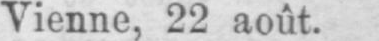
Vienne, 22 août.